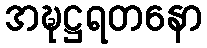
အဍ္ဎဋ္ဌရတနော